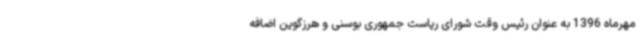
مهرماه 1396 به عنوان رئیس وقت شورای ریاست جمهوری بوسنی و هرزگوین اضافه